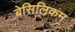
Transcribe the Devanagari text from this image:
बेसिलिकम